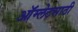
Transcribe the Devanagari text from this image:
ऑम्लेटसाठी